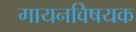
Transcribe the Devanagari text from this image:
गायनविषयक